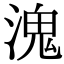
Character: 溾